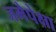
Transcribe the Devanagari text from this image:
जमेपेक्षा